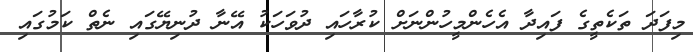
މިފަދަ ތަކެތީގެ ފައިދާ އެހެންމީހުންނަށް ކުރާހައި ދުވަހަކު އޭނާ ދުނިޔޭގައި ނެތް ކަމުގައި